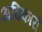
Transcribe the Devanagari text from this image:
अघिकारों